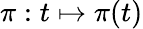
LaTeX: \pi:t\mapsto\pi(t)